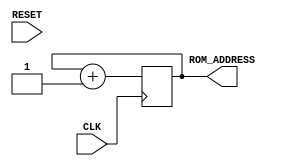
module ROM_writer(
    input wire        CLK,
    input wire        RESET,
    output reg [11:0] ROM_ADDRESS);
    
    reg [11:0] address = 1;
    
    initial ROM_ADDRESS = 1;
    
    always @(posedge CLK) begin
        address = address + 1;
        ROM_ADDRESS = address;
    end

endmodule